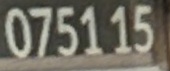
0751 15